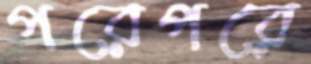
পরেপরে